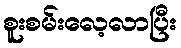
စူးစမ်းလေ့လာပြီး